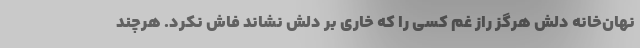
نهان‌خانه دلش هرگز راز غم کسی را که خاری بر دلش نشاند فاش نکرد. هرچند